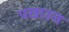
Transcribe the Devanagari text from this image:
पखाउज